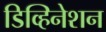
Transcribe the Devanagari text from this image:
डिव्हिनेशन